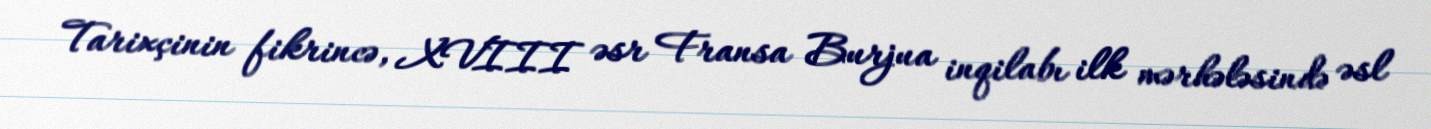
Tarixçinin fikrincə, XVIII əsr Fransa Burjua inqilabı ilk mərhələsində əsl